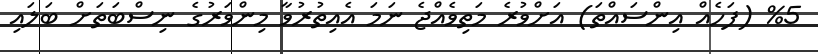
%5 (ފަހެއް އިންސައްތަ) އަށްވުރެ މަތިވެއްޖެ ނަމަ އެއިތުރުވާ މިންވަރުގެ ނިސްބަތަށް ބަލައި